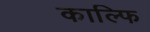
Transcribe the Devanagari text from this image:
काल्फि